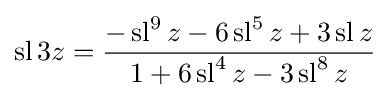
\operatorname {sl} 3z={\frac {-\operatorname {sl} ^{9}z-6\operatorname {sl} ^{5}z+3\operatorname {sl} z}{1+6\operatorname {sl} ^{4}z-3\operatorname {sl} ^{8}z}}